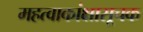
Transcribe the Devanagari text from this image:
महत्वाकांक्षासूचक